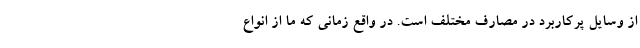
از وسایل پرکاربرد در مصارف مختلف است. در واقع زمانی که ما از انواع